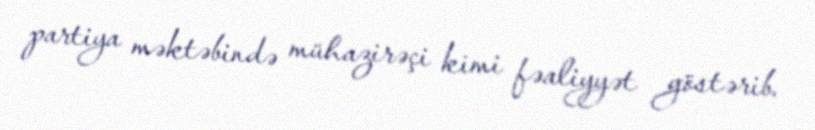
partiya məktəbində mühazirəçi kimi fəaliyyət göstərib.